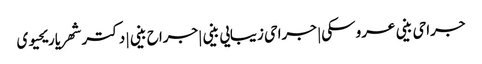
جراحی بینی عروسکی | جراحی زیبایی بینی |جراح بینی | دکتر شهریار یحیوی